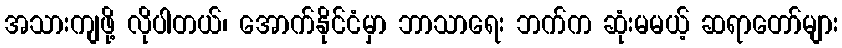
အသားကျဖို့ လိုပါတယ်၊ အောက်နိုင်ငံမှာ ဘာသာရေး ဘက်က ဆုံးမမယ့် ဆရာတော်များ